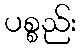
ပစ္စည်း